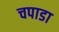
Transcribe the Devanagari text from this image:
चपाडा